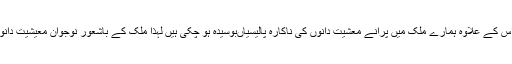
میرٹ اور احتساب کے عمل کو یقینی بنانا ہوگا اور اس کے علاوہ ہمارے ملک میں پرانے معشیت دانوں کی ناکارہ پالیسیاںبوسیدہ ہو چکی ہیں لہذا ملک کے باشعور نوجوان معیشیت دانوں کو بھی ایک موقع فراہم کرنے کی ضرورت ہے ۔